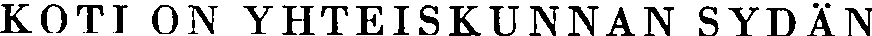
KOTI ON YHTEISKUNNAN SYDÄN